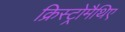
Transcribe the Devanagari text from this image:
क्रिस्ट्रोमैथिए